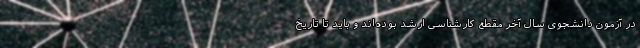
در آزمون دانشجوی سال آخر مقطع کارشناسی ارشد بوده‌اند و باید تا تاریخ